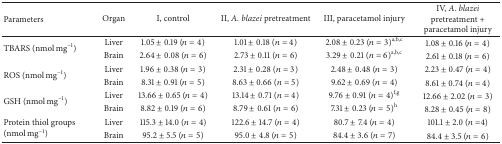
<table><thead><tr><td><b>Parameters</b></td><td><b>Organ</b></td><td><b> I, control</b></td><td><b> II, <i>A. blazei</i> pretreatment</b></td><td><b> III, paracetamol injury</b></td><td><b> IV, <i>A. blazei</i> pretreatment + paracetamol injury</b></td></tr></thead><tbody><tr><td rowspan="2">TBARS (nmol mg<sup>−1</sup>)</td><td>Liver</td><td>1.05 ± 0.19 (<i>n</i> = 4)</td><td>1.01 ± 0.18 (<i>n</i> = 4)</td><td>2.08 ± 0.23 (<i>n</i> = 3)<sup>a,b,c</sup></td><td>1.08 ± 0.16 (<i>n</i> = 4)</td></tr><tr><td>Brain</td><td>2.64 ± 0.08 (<i>n</i> = 6)</td><td>2.73 ± 0.11 (<i>n</i> = 6)</td><td>3.29 ± 0.21 (<i>n</i> = 6)<sup>a,b,c</sup></td><td>2.61 ± 0.18 (<i>n</i> = 6)</td></tr><tr><td rowspan="2">ROS (nmol mg<sup>−1</sup>)</td><td>Liver</td><td>1.96 ± 0.38 (<i>n</i> = 3)</td><td>2.31 ± 0.28 (<i>n</i> = 3)</td><td>2.48 ± 0.48 (<i>n</i> = 3)</td><td>2.23 ± 0.47 (<i>n</i> = 4)</td></tr><tr><td>Brain</td><td>8.31 ± 0.91 (<i>n</i> = 5)</td><td>8.63 ± 0.66 (<i>n</i> = 5)</td><td>9.62 ± 0.69 (<i>n</i> = 4)</td><td>8.61 ± 0.74 (<i>n</i> = 4)</td></tr><tr><td rowspan="2">GSH (nmol mg<sup>−1</sup>)</td><td>Liver</td><td>13.66 ± 0.65 (<i>n</i> = 4)</td><td>13.14 ± 0.71 (<i>n</i> = 4)</td><td>9.76 ± 0.91 (<i>n</i> = 4)<sup>f,g</sup></td><td>12.66 ± 2.02 (<i>n</i> = 3)</td></tr><tr><td>Brain</td><td>8.82 ± 0.19 (<i>n</i> = 6)</td><td>8.79 ± 0.61 (<i>n</i> = 6)</td><td>7.31 ± 0.23 (<i>n</i> = 5)<sup>h</sup></td><td>8.28 ± 0.45 (<i>n</i> = 8)</td></tr><tr><td rowspan="2">Protein thiol groups (nmol mg<sup>−1</sup>)</td><td>Liver</td><td>115.3 ± 14.0 (<i>n</i> = 4)</td><td>122.6 ± 14.7 (<i>n</i> = 4)</td><td>80.7 ± 7.4 (<i>n</i> = 4)</td><td>101.1 ± 2.0 (<i>n</i> = 4)</td></tr><tr><td>Brain</td><td>95.2 ± 5.5 (<i>n</i> = 5)</td><td>95.0 ± 4.8 (<i>n</i> = 5)</td><td>84.4 ± 3.6 (<i>n</i> = 7) </td><td>84.4 ± 3.5 (<i>n</i> = 6)</td></tr></tbody></table>